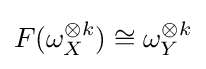
F(\omega _{X}^{\otimes k})\cong \omega _{Y}^{\otimes k}